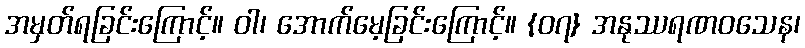
အမှတ်ရခြင်းကြောင့်။ ဝါ၊ အောက်မေ့ခြင်းကြောင့်။ {၀၇} အနုဿရဏဝသေန၊